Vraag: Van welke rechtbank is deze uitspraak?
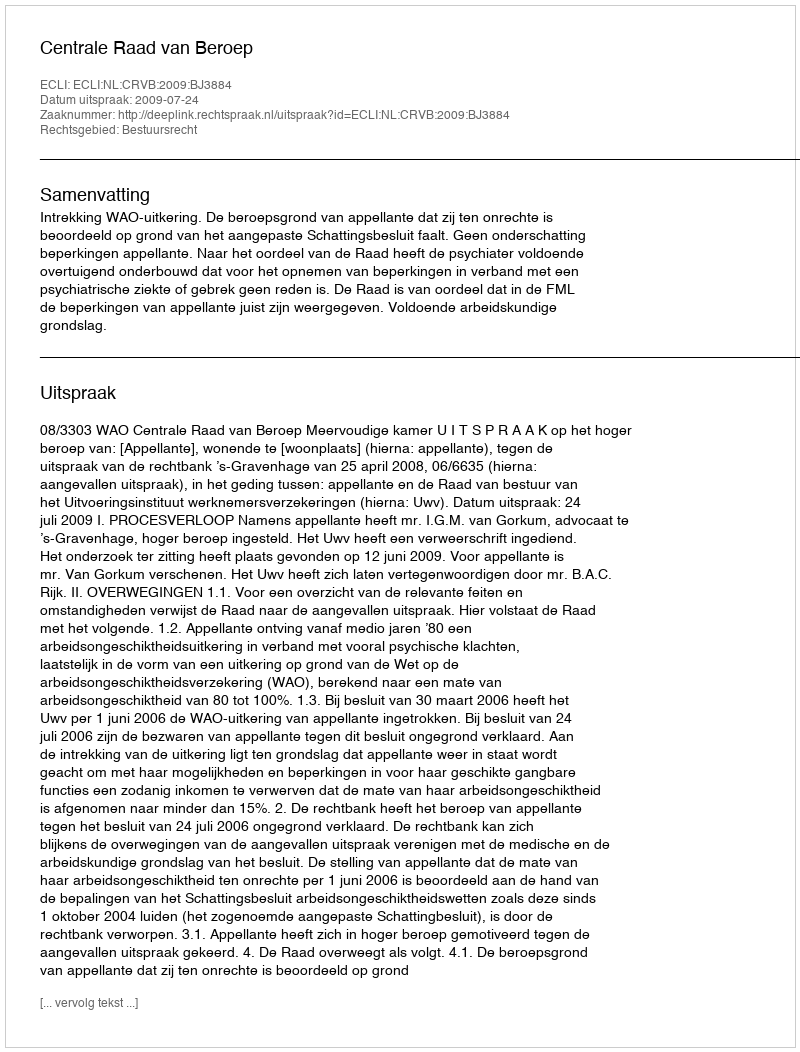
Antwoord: Centrale Raad van Beroep